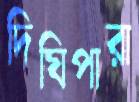
দিঘিপারা